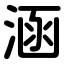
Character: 涵